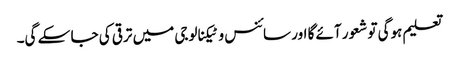
تعلیم ہوگی تو شعور آئے گا اور سائنس و ٹیکنالوجی میں ترقی کی جا سکے گی۔